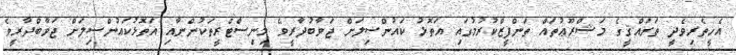
އެހީތެރިވެދީ ތަރައްޤީގެ މަޝްރޫޢުތައް ތަންފީޒްކުރުމުގައި އަތޮޅު ކައުންސިލަށް ޖަވާބުދާރީވެ މިނިސްޓްރީތަކުންނާއި އަތޮޅުކައުންސިލަށް ޖަވާބްދާރީވެ